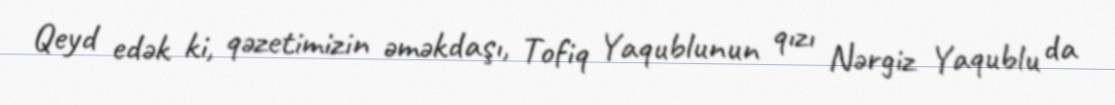
Qeyd edək ki, qəzetimizin əməkdaşı, Tofiq Yaqublunun qızı Nərgiz Yaqublu da